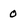
Character: 0